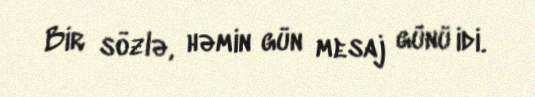
Bir sözlə, həmin gün mesaj günü idi.